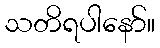
သတိရပါနော်။